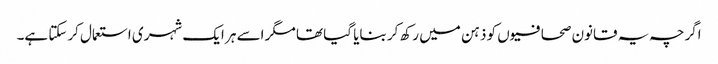
اگرچہ یہ قانون صحافیوں کو ذہن میں رکھ کر بنایا گیا تھا مگر اسے ہر ایک شہری استعمال کرسکتا ہے۔